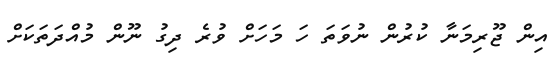
އިން ޖޫރިމަނާ ކުރުން ނުވަތަ ހަ މަހަށް ވުރެ ދިގު ނޫން މުއްދަތަކަށް